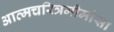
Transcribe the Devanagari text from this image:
अात्मचरित्रमीमांसा